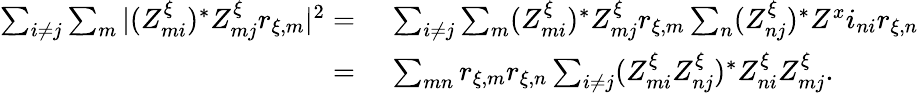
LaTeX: \begin{array}{rl}{\sum_{i\neq j}\sum_{m}|(Z_{mi}^{\xi})^{*}Z_{mj}^{\xi}r_{\xi,m}|^{2}=\, }&{{}\sum_{i\neq j}\sum_{m}(Z_{mi}^{\xi})^{*}Z_{mj}^{\xi}r_{\xi,m}\sum_{n}(Z_{nj}^{\xi})^{*}Z^{x}i_{ni}r_{\xi,n}}\\ {=\, }&{{}\sum_{mn}r_{\xi,m}r_{\xi,n}\sum_{i\neq j}(Z_{mi}^{\xi}Z_{nj}^{\xi})^{*}Z_{ni}^{\xi}Z_{mj}^{\xi}.}\end{array}